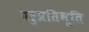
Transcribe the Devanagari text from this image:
बहुप्रतिभूति